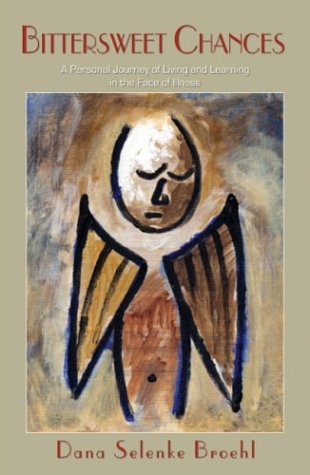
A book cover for Bittersweet Chances: A Personal Journey of Living and Learning in the Face of Illness; Dana Selenke Broehl; Sports & Outdoors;